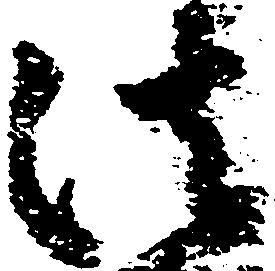
法